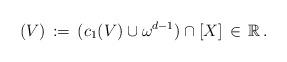
LaTeX: \begin{align*}(V)\,:=\, (c_1(V)\cup\omega^{d-1})\cap [X]\, \in\, {\mathbb R}\, .\end{align*}